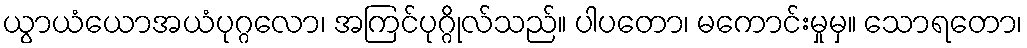
ယွာယံယောအယံပုဂ္ဂလော၊ အကြင်ပုဂ္ဂိုလ်သည်။ ပါပတော၊ မကောင်းမှုမှ။ သောရတော၊